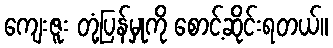
ကျေးဇူး တုံ့ပြန်မှုကို စောင့်ဆိုင်းရတယ်။